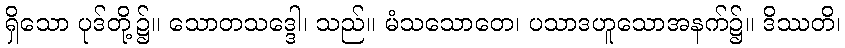
ရှိသော ပုဒ်တို့၌။ သောတသဒ္ဒေါ၊ သည်။ မံသသောတေ၊ ပသာဒဟူသောအနက်၌။ ဒိဿတိ၊